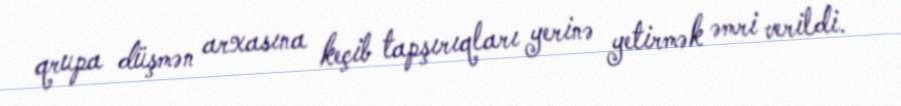
qrupa düşmən arxasına keçib tapşırıqları yerinə yetirmək əmri verildi.